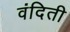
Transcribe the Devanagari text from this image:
वंदिती